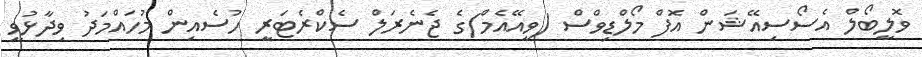
ވޮލީބޯލް އެސޯސިއޭޝަން އޮފް މޯލްޑިވްސް (ވީއޭއެމް)ގެ ޖެނެރަލް ސެކްރެޓަރީ ހުސެއިން މުހައްމަދު ވިދާޅުވީ